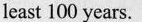
least 100 years.